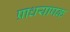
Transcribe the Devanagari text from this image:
प्राधयापक